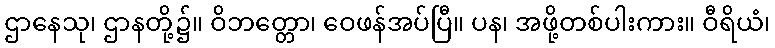
ဌာနေသု၊ ဌာနတို့၌။ ဝိဘတ္တော၊ ဝေဖန်အပ်ပြီ။ ပန၊ အဖို့တစ်ပါးကား။ ဝီရိယံ၊